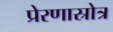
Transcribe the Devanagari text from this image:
प्रेरणास्रोत्र